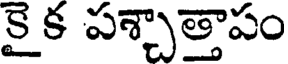
కై క పశ్చాత్తాపం